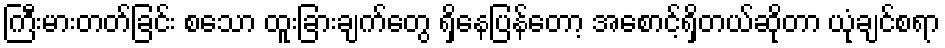
ကြီးမားတတ်ခြင်း စသော ထူးခြားချက်တွေ ရှိနေပြန်တော့ အစောင့်ရှိတယ်ဆိုတာ ယုံချင်စရာ